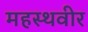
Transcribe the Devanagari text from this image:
महस्थवीर